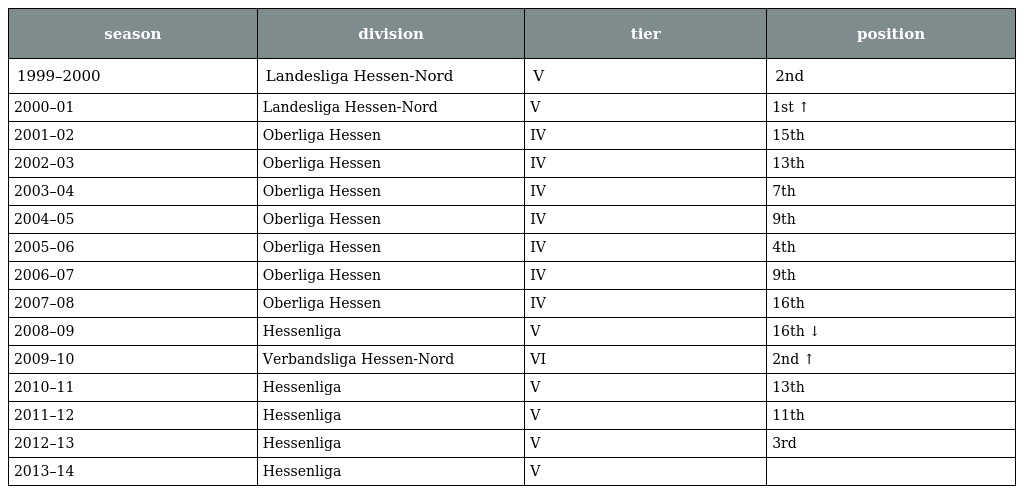
| season | division | tier | position |
 | --- | --- | --- | --- |
 | 1999–2000 | Landesliga Hessen-Nord | V | 2nd |
 | 2000–01 | Landesliga Hessen-Nord | V | 1st ↑ |
 | 2001–02 | Oberliga Hessen | IV | 15th |
 | 2002–03 | Oberliga Hessen | IV | 13th |
 | 2003–04 | Oberliga Hessen | IV | 7th |
 | 2004–05 | Oberliga Hessen | IV | 9th |
 | 2005–06 | Oberliga Hessen | IV | 4th |
 | 2006–07 | Oberliga Hessen | IV | 9th |
 | 2007–08 | Oberliga Hessen | IV | 16th |
 | 2008–09 | Hessenliga | V | 16th ↓ |
 | 2009–10 | Verbandsliga Hessen-Nord | VI | 2nd ↑ |
 | 2010–11 | Hessenliga | V | 13th |
 | 2011–12 | Hessenliga | V | 11th |
 | 2012–13 | Hessenliga | V | 3rd |
 | 2013–14 | Hessenliga | V |  |